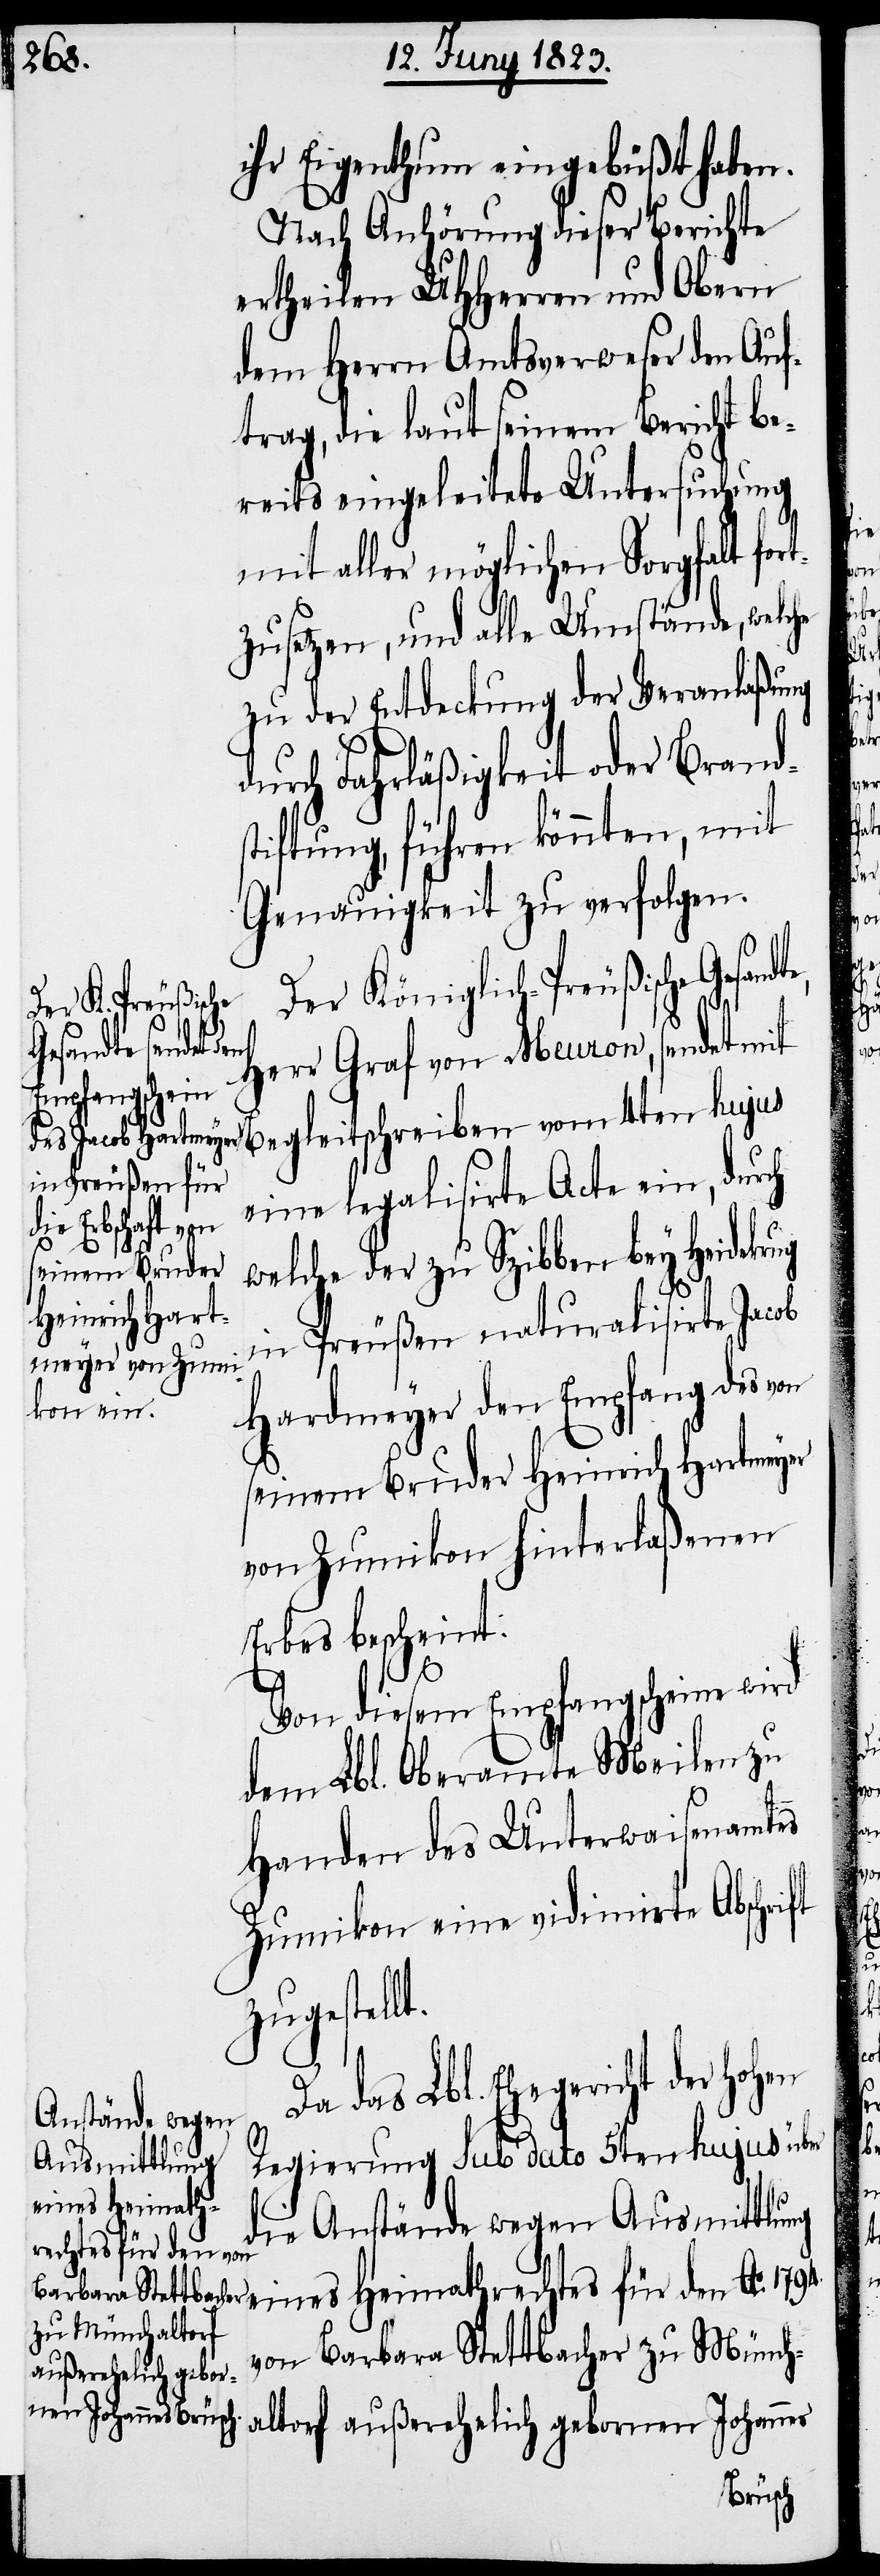
ihr Eigenthum eingebüßt haben.
Nach Anhörung dieser Berichte
ertheilen UHHerren und Obern
dem Herrn Amtsverweser den Auf¬
trag, die laut seinem Bericht be¬
reits eingeleitete Untersuchung
mit aller möglichen Sorgfalt for¬
tzusetzen, und alle Umstände, welche
zu der Entdeckung der Veranlaßung
durch Fahrläßigkeit oder Brand¬
stiftung, führen könnten, mit
Genauigkeit zu verfolgen.
Der Königlich-Preußische
Gesandte,
Herr Graf von Meuron, sendet mit
Empfang des
eine legalisirte Acte ein,durch
welche der zu Szibben bey Heidekr¬
in Preußen naturalisirte Jacob
seinem Bruder Heinrich Hartmeyer
von Zumikon hinterlaßenen
Erbes bescheint.
ug
Von diesem Empfangscheine wird
dem Lbl. Oberamte Meilen zu
Handen des Unterwaisenamtes
Zumikon eine vidimirte Abschri¬
zugestellt.
das Lbl. Ehegericht der hoh¬
Regierung sub dato 5ten hujus über
die Anstände wegen Ausmittlung
eines Heimathrechtes für den Ao.
von Barbara Stettbacher zu Münch¬
altorf außerehelich gebornen Johannes

ft

en